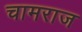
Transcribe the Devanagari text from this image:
चामराज